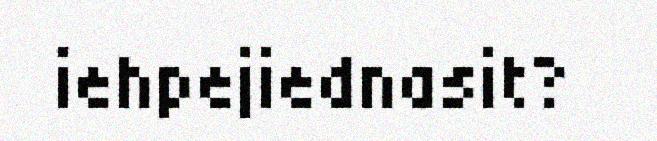
iehpejiednasit?